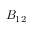
B _ { 1 2 }